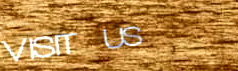
VISIT US